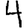
Digit: 4